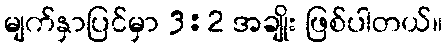
မျက်နှာပြင်မှာ 3:2 အချိုး ဖြစ်ပါတယ်။